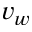
v _ { w }